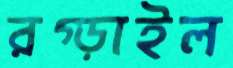
রগ্‌ড়াইল